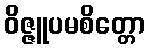
ဝိဇ္ဇူပမစိတ္တော